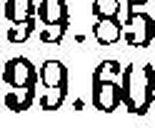
99.60